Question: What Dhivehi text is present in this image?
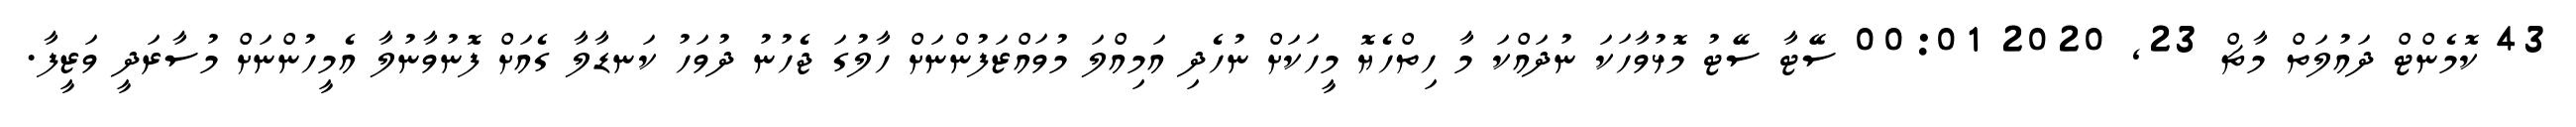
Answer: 43 ކޮމެންޓް ދައުލަތް މާޗް 23, 2020 00:01 ސޭޓާ ސޭޓު މޮޅުވާހަކަ ނުދައްކަ މާ ހިތްހެޔޮ މީހަކަށް ނުހެދި އަމިއްލަ މުވައްޒަފުންނަށް ހާލުގަ ޖެހުނު ދުވަހު ކަނޑާލާ ގެއަށް ފޮނުވާނުލާ އެމީހުންނަށް މުސާރަދީ ވަޒީފާ.